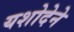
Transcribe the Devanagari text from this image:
यशोदेने